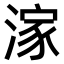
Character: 𣺊